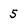
Character: 5